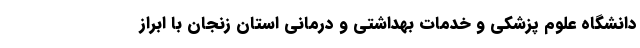
دانشگاه علوم پزشکی و خدمات بهداشتی و درمانی استان زنجان با ابراز